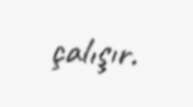
çalışır.